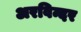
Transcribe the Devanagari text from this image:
अरविन्दर